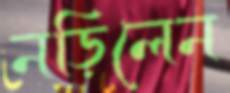
নড়িলেন